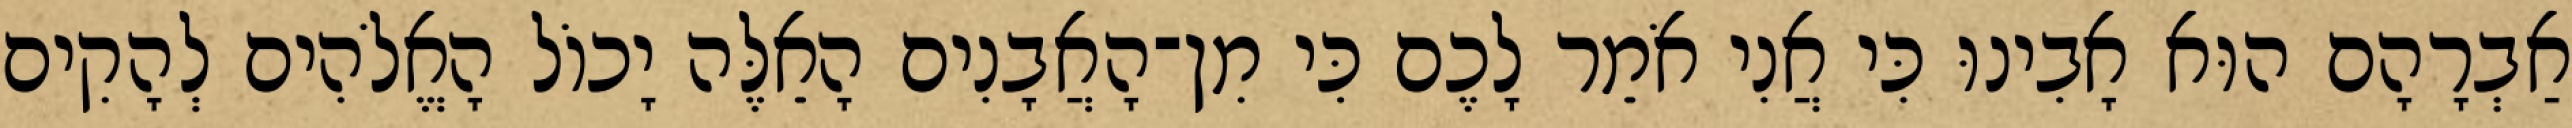
אַבְרָהָם הוּא אָבִינוּ כִּי אֲנִי אֹמֵר לָכֶם כִּי מִן־הָאֲבָנִים הָאֵלֶּה יָכוֹל הָאֱלֹהִים לְהָקִים